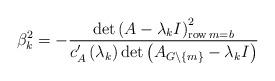
LaTeX: \begin{align*}\beta_{k}^{2}=-\frac{\det\left( A-\lambda_{k}I\right) _{\operatorname{row}m=b}^{2}}{c_{A}^{\prime}\left( \lambda_{k}\right) \det\left( A_{G\backslash\left\{ m\right\} }-\lambda_{k}I\right) } \end{align*}